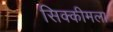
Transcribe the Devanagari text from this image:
सिक्कीमला